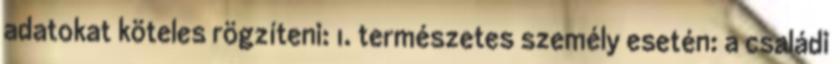
adatokat köteles rögzíteni: 1. természetes személy esetén: a családi